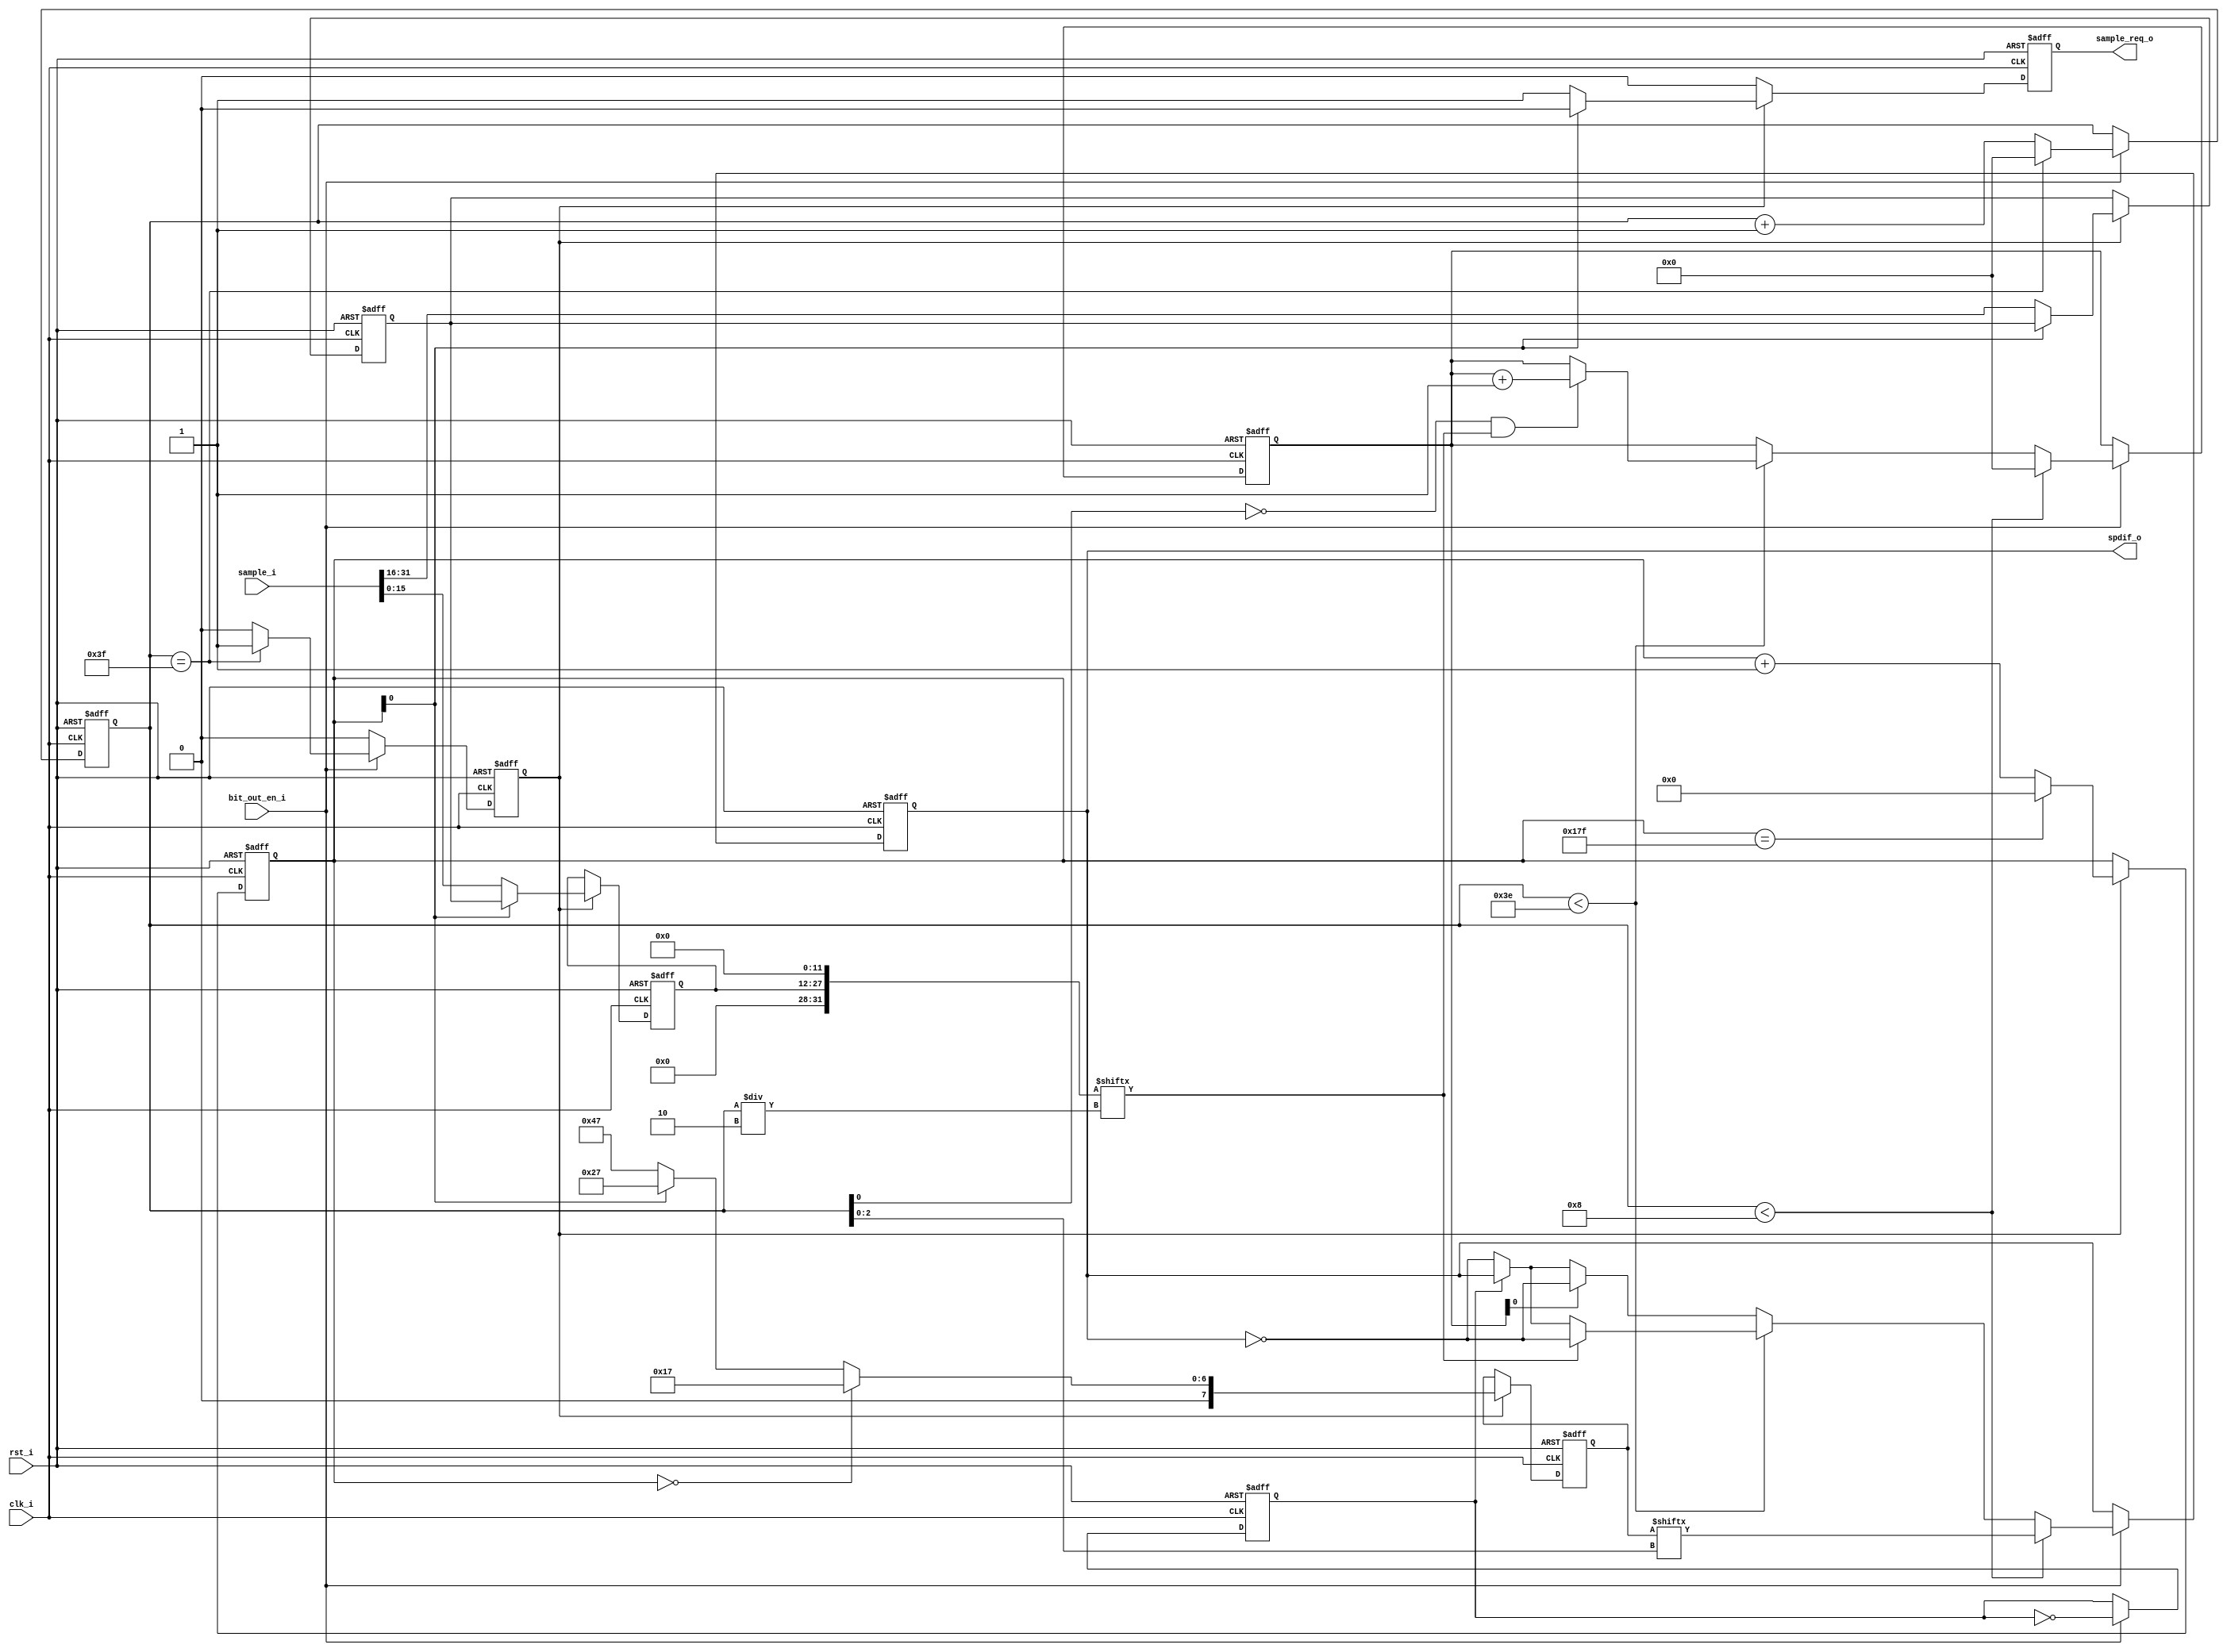
/*
  
   Multicore 2 / Multicore 2+
  
   Copyright (c) 2017-2020 - Victor Trucco

  
   All rights reserved
  
   Redistribution and use in source and synthezised forms, with or without
   modification, are permitted provided that the following conditions are met:
  
   Redistributions of source code must retain the above copyright notice,
   this list of conditions and the following disclaimer.
  
   Redistributions in synthesized form must reproduce the above copyright
   notice, this list of conditions and the following disclaimer in the
   documentation and/or other materials provided with the distribution.
  
   Neither the name of the author nor the names of other contributors may
   be used to endorse or promote products derived from this software without
   specific prior written permission.
  
   THIS CODE IS PROVIDED BY THE COPYRIGHT HOLDERS AND CONTRIBUTORS "AS IS"
   AND ANY EXPRESS OR IMPLIED WARRANTIES, INCLUDING, BUT NOT LIMITED TO,
   THE IMPLIED WARRANTIES OF MERCHANTABILITY AND FITNESS FOR A PARTICULAR
   PURPOSE ARE DISCLAIMED. IN NO EVENT SHALL THE AUTHOR OR CONTRIBUTORS BE
   LIABLE FOR ANY DIRECT, INDIRECT, INCIDENTAL, SPECIAL, EXEMPLARY, OR
   CONSEQUENTIAL DAMAGES (INCLUDING, BUT NOT LIMITED TO, PROCUREMENT OF
   SUBSTITUTE GOODS OR SERVICES; LOSS OF USE, DATA, OR PROFITS; OR BUSINESS
   INTERRUPTION) HOWEVER CAUSED AND ON ANY THEORY OF LIABILITY, WHETHER IN
   CONTRACT, STRICT LIABILITY, OR TORT (INCLUDING NEGLIGENCE OR OTHERWISE)
   ARISING IN ANY WAY OUT OF THE USE OF THIS SOFTWARE, EVEN IF ADVISED OF THE
   POSSIBILITY OF SUCH DAMAGE.
  
   You are responsible for any legal issues arising from your use of this code.
  
*///-----------------------------------------------------------------
//                        SPDIF Transmitter
//                              V0.1
//                        Ultra-Embedded.com
//                          Copyright 2012
//
//
//                         License: GPL
// If you would like a version with a more permissive license for
// use in closed source commercial applications please contact me
// for details.
//-----------------------------------------------------------------
//
// This file is open source HDL; you can redistribute it and/or 
// modify it under the terms of the GNU General Public License as 
// published by the Free Software Foundation; either version 2 of 
// the License, or (at your option) any later version.
//
// This file is distributed in the hope that it will be useful,
// but WITHOUT ANY WARRANTY; without even the implied warranty of
// MERCHANTABILITY or FITNESS FOR A PARTICULAR PURPOSE.  See the
// GNU General Public License for more details.
//
// You should have received a copy of the GNU General Public 
// License along with this file; if not, write to the Free Software
// Foundation, Inc., 59 Temple Place, Suite 330, Boston, MA 02111-1307
// USA
//-----------------------------------------------------------------
// altera message_off 10762
// altera message_off 10240

module spdif
(
    input           clk_i,
    input           rst_i,

    // SPDIF bit output enable
    // Single cycle pulse synchronous to clk_i which drives
    // the output bit rate.
    // For 44.1KHz, 441003222 = 5,644,800Hz
    // For 48KHz,   480003222 = 6,144,000Hz
    input           bit_out_en_i,

    // Output
    output          spdif_o,

    // Audio interface (16-bit x 2 = RL)
    input [31:0]    sample_i,
    output reg      sample_req_o
);

//-----------------------------------------------------------------
// Registers
//-----------------------------------------------------------------
reg [15:0]  audio_sample_q;
reg [8:0]   subframe_count_q;

reg         load_subframe_q;
reg [7:0]   preamble_q;
wire [31:0] subframe_w;

reg [5:0]   bit_count_q;
reg         bit_toggle_q;

reg         spdif_out_q;

reg [5:0]   parity_count_q;

//-----------------------------------------------------------------
// Subframe Counter
//-----------------------------------------------------------------
always @ (posedge rst_i or posedge clk_i )
begin
    if (rst_i == 1'b1)
        subframe_count_q    <= 9'd0;
    else if (load_subframe_q)
    begin
        // 192 frames (384 subframes) in an audio block
        if (subframe_count_q == 9'd383)
            subframe_count_q <= 9'd0;
        else
            subframe_count_q <= subframe_count_q + 9'd1;
    end
end

//-----------------------------------------------------------------
// Sample capture
//-----------------------------------------------------------------
reg [15:0] sample_buf_q;

always @ (posedge rst_i or posedge clk_i )
begin
   if (rst_i == 1'b1)
   begin
        audio_sample_q      <= 16'h0000;
        sample_buf_q        <= 16'h0000;
        sample_req_o        <= 1'b0;
   end
   else if (load_subframe_q)
   begin
        // Start of frame (first subframe)?
        if (subframe_count_q[0] == 1'b0)
        begin
            // Use left sample
            audio_sample_q <= sample_i[15:0];

            // Store right sample
            sample_buf_q <= sample_i[31:16];

            // Request next sample
            sample_req_o <= 1'b1;
        end
        else
        begin
            // Use right sample
            audio_sample_q <= sample_buf_q;

            sample_req_o <= 1'b0;
        end
   end
   else
        sample_req_o <= 1'b0;
end

// Timeslots 3 - 0 = Preamble
assign subframe_w[3:0] = 4'b0000;

// Timeslots 7 - 4 = 24-bit audio LSB
assign subframe_w[7:4] = 4'b0000;

// Timeslots 11 - 8 = 20-bit audio LSB
assign subframe_w[11:8] = 4'b0000;

// Timeslots 27 - 12 = 16-bit audio
assign subframe_w[27:12] = audio_sample_q;

// Timeslots 28 = Validity
assign subframe_w[28] = 1'b0; // Valid

// Timeslots 29 = User bit
assign subframe_w[29] = 1'b0;

// Timeslots 30 = Channel status bit
assign subframe_w[30] = 1'b0;

// Timeslots 31 = Even Parity bit (31:4)
assign subframe_w[31] = 1'b0;

//-----------------------------------------------------------------
// Preamble
//-----------------------------------------------------------------
localparam PREAMBLE_Z = 8'b00010111;
localparam PREAMBLE_Y = 8'b00100111;
localparam PREAMBLE_X = 8'b01000111;

reg [7:0] preamble_r;

always @ *
begin
    // Start of audio block?
    // Z(B) - Left channel
    if (subframe_count_q == 9'd0)
        preamble_r = PREAMBLE_Z; // Z(B)
    // Right Channel?
    else if (subframe_count_q[0] == 1'b1)
        preamble_r = PREAMBLE_Y; // Y(W)
    // Left Channel (but not start of block)?
    else
        preamble_r = PREAMBLE_X; // X(M)
end

always @ (posedge rst_i or posedge clk_i )
if (rst_i == 1'b1)
    preamble_q  <= 8'h00;
else if (load_subframe_q)
    preamble_q  <= preamble_r;

//-----------------------------------------------------------------
// Parity Counter
//-----------------------------------------------------------------
always @ (posedge rst_i or posedge clk_i )
begin
   if (rst_i == 1'b1)
   begin
        parity_count_q  <= 6'd0;
   end
   // Time to output a bit?
   else if (bit_out_en_i)
   begin
        // Preamble bits?
        if (bit_count_q < 6'd8)
        begin
            parity_count_q  <= 6'd0;
        end
        // Normal timeslots
        else if (bit_count_q < 6'd62)
        begin
            // On first pass through this timeslot, count number of high bits
            if (bit_count_q[0] == 0 && subframe_w[bit_count_q / 2] == 1'b1)
                parity_count_q <= parity_count_q + 6'd1;
        end
   end
end

//-----------------------------------------------------------------
// Bit Counter
//-----------------------------------------------------------------
always @ (posedge rst_i or posedge clk_i)
begin
    if (rst_i == 1'b1)
    begin
        bit_count_q     <= 6'b0;
        load_subframe_q <= 1'b1;
    end
    // Time to output a bit?
    else if (bit_out_en_i)
    begin
        // 32 timeslots (x2 for double frequency)
        if (bit_count_q == 6'd63)
        begin
            bit_count_q     <= 6'd0;
            load_subframe_q <= 1'b1;
        end
        else
        begin
            bit_count_q     <= bit_count_q + 6'd1;
            load_subframe_q <= 1'b0;
        end
    end
    else
        load_subframe_q <= 1'b0;
end

//-----------------------------------------------------------------
// Bit half toggle
//-----------------------------------------------------------------
always @ (posedge rst_i or posedge clk_i)
if (rst_i == 1'b1)
    bit_toggle_q    <= 1'b0;
// Time to output a bit?
else if (bit_out_en_i)
    bit_toggle_q <= ~bit_toggle_q;

//-----------------------------------------------------------------
// Output bit (BMC encoded)
//-----------------------------------------------------------------
reg bit_r;

always @ *
begin
    bit_r = spdif_out_q;

    // Time to output a bit?
    if (bit_out_en_i)
    begin
        // Preamble bits?
        if (bit_count_q < 6'd8)
        begin
            bit_r = preamble_q[bit_count_q[2:0]];
        end
        // Normal timeslots
        else if (bit_count_q < 6'd62)
        begin
            if (subframe_w[bit_count_q / 2] == 1'b0)
            begin
                if (bit_toggle_q == 1'b0)
                    bit_r = ~spdif_out_q;
                else
                    bit_r = spdif_out_q;
            end
            else
                bit_r = ~spdif_out_q;
        end
        // Parity timeslot
        else
        begin
            // Even number of high bits, make odd
            if (parity_count_q[0] == 1'b0)
            begin
                if (bit_toggle_q == 1'b0)
                    bit_r = ~spdif_out_q;
                else
                    bit_r = spdif_out_q;
            end
            else
                bit_r = ~spdif_out_q;
        end
    end
end

always @ (posedge rst_i or posedge clk_i )
if (rst_i == 1'b1)
    spdif_out_q <= 1'b0;
else
    spdif_out_q <= bit_r;

assign spdif_o  = spdif_out_q;

endmodule